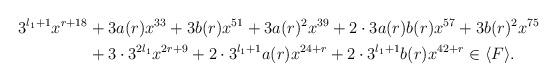
LaTeX: \begin{align*} \begin{aligned} 3^{l_1+1} x^{r + 18 } &+ 3a(r) x^{33 } + 3b(r) x^{51} + 3 a(r)^2 x^{39} + 2 \cdot 3a(r) b(r) x^{57} + 3 b(r)^2 x^{75} \\ &+ 3 \cdot 3^{2l_1} x^{2 r+9} + 2 \cdot 3^{l_1+1} a(r) x^{24+r} + 2 \cdot 3^{l_1+1} b(r) x^{42 + r} \in \langle F \rangle. \end{aligned}\end{align*}